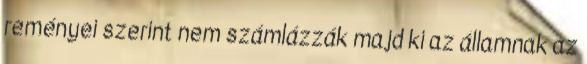
reményei szerint nem számlázzák majd ki az államnak az